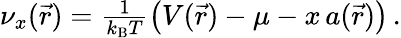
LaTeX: \begin{array}{r}{\nu_{x}(\vec{r})=\frac{1}{k_{\mathrm{B}}T}\big(V(\vec{r})-\mu-x\, a(\vec{r})\big)\, .}\end{array}